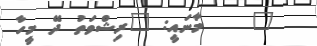
"    މާނައީ: "ރިޝްވަތު ދޭ މީހާ